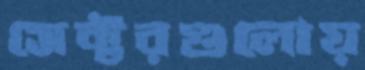
সেক্টরগুলোয়